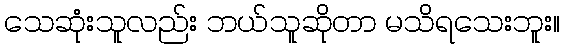
သေဆုံးသူလည်း ဘယ်သူဆိုတာ မသိရသေးဘူး။